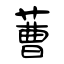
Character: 蓸